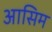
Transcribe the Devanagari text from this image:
आसिम